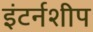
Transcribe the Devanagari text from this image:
इंटर्नशीप